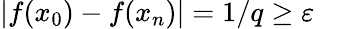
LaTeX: |f(x_{0})-f(x_{n})|=1/q\geq\varepsilon\quad